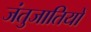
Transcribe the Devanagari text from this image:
जंतुजातियों